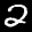
Label: 2